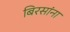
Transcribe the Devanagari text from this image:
बिरसांना